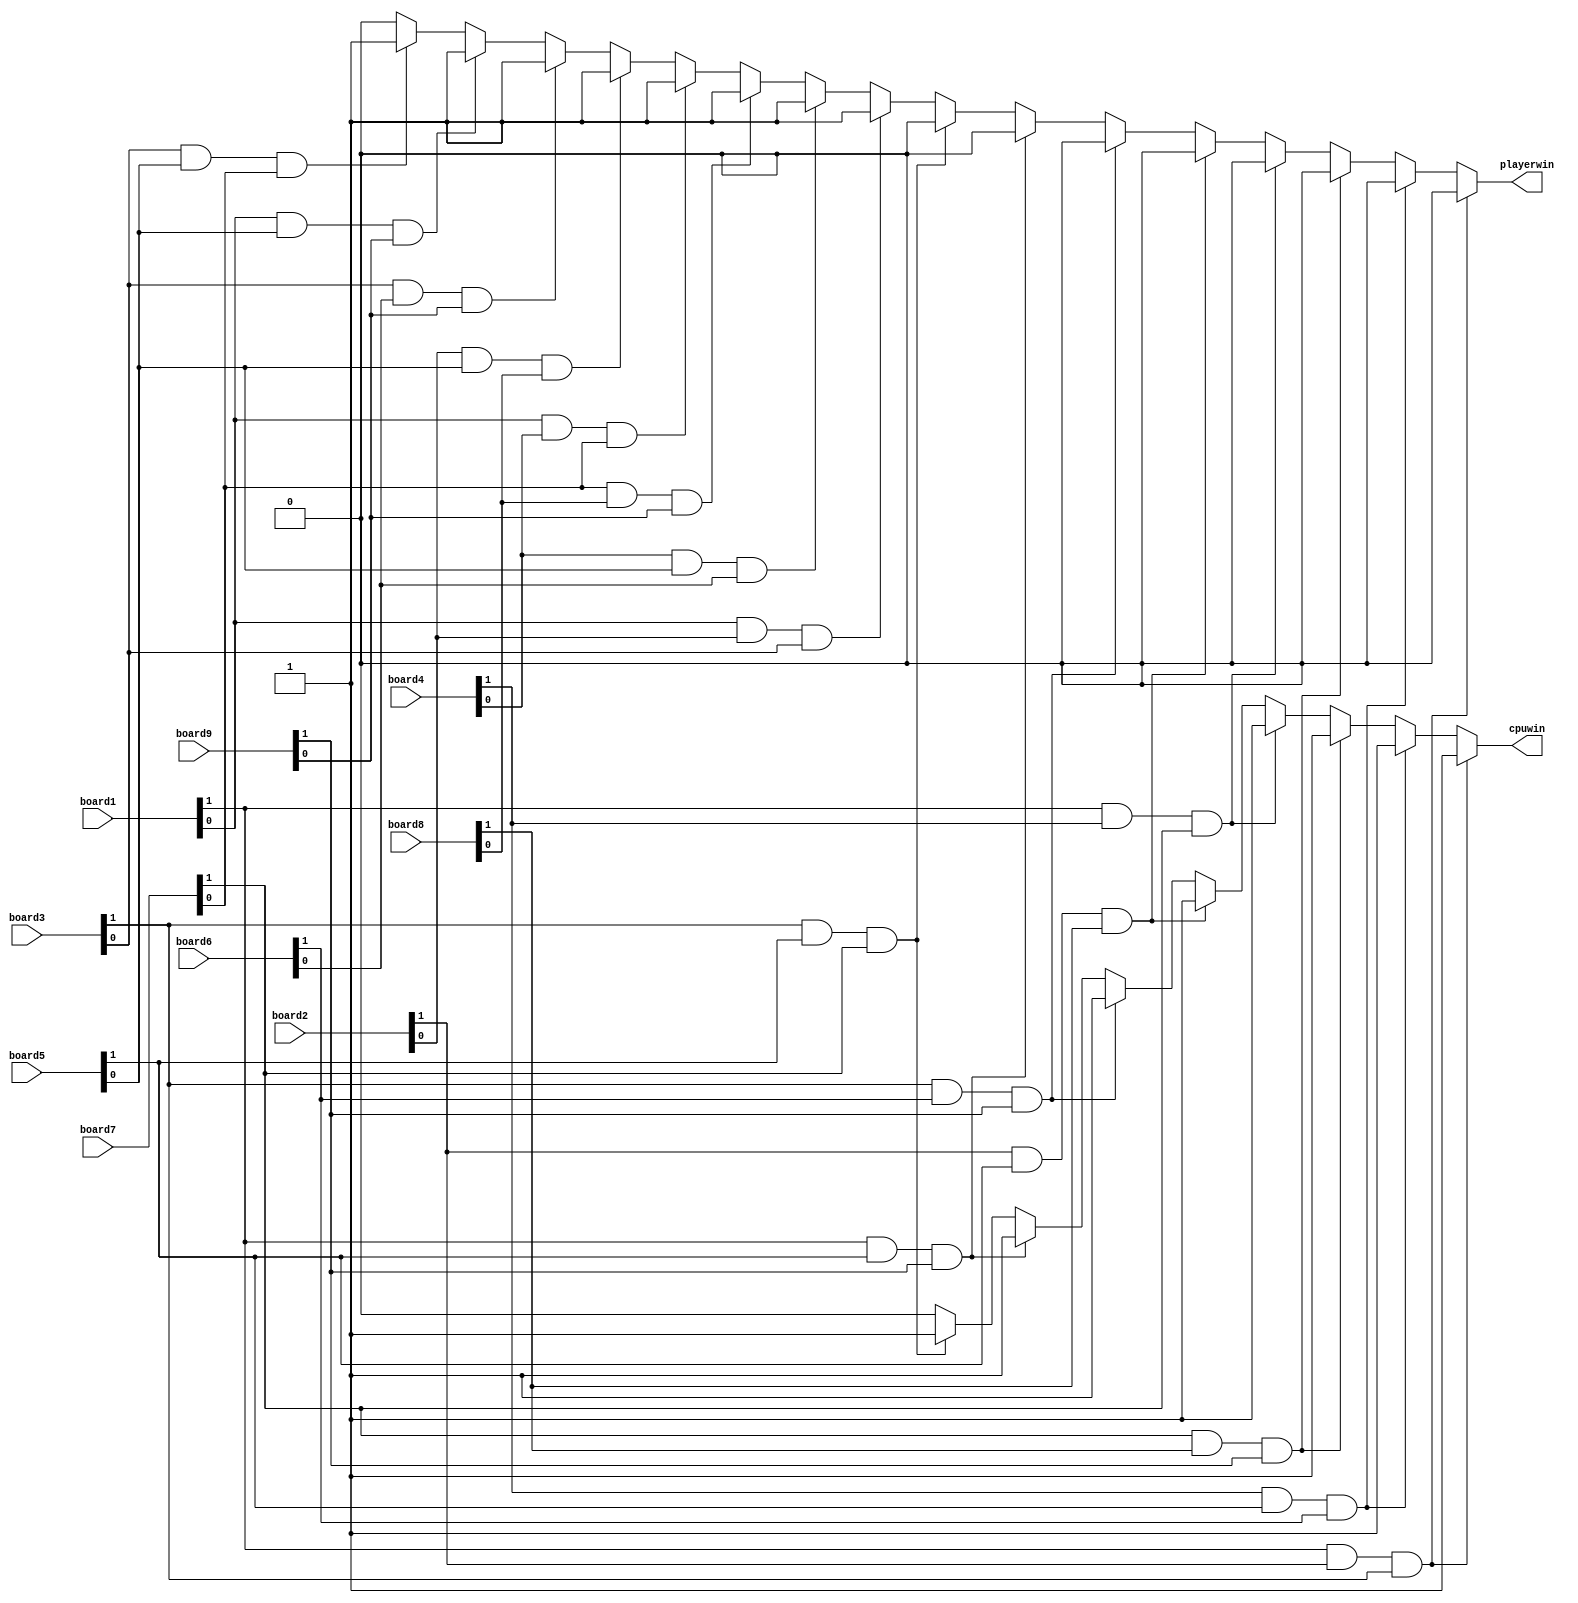
module win_declarer(board1,board2,board3,board4,board5,board6,board7,board8,board9,playerwin,cpuwin);
input [1:0]board1;
input [1:0]board2;
input [1:0]board3;
input [1:0]board4;
input [1:0]board5;
input [1:0]board6;
input [1:0]board7;
input [1:0]board8;
input [1:0]board9;
output reg playerwin;
output reg cpuwin;
always@(*)
begin
	if(board1[1]==1&&board2[1]==1&&board3[1]==1) 
	begin
		playerwin=0;
		cpuwin=1;
	end
	else if(board4[1]==1&&board5[1]==1&&board6[1]==1)
	begin
		playerwin=0;
		cpuwin=1;
	end
	else if(board7[1]==1&&board8[1]==1&&board9[1]==1) 
	begin
		playerwin=0;
		cpuwin=1;
	end
	else if(board1[1]==1&&board4[1]==1&&board7[1]==1)
	begin
		playerwin=0;
		cpuwin=1;
	end
	else if(board2[1]==1&&board5[1]==1&&board8[1]==1) 
	begin
		playerwin=0;
		cpuwin=1;
	end
	else if(board3[1]==1&&board6[1]==1&&board9[1]==1)
	begin
		playerwin=0;
		cpuwin=1;
	end
	else if(board1[1]==1&&board5[1]==1&&board9[1]==1)
	begin
		playerwin=0;
		cpuwin=1;
	end
	else if(board3[1]==1&&board5[1]==1&&board7[1]==1)
	begin
		playerwin=0;
		cpuwin=1;
	end
	else if(board1[0]==1&&board2[0]==1&&board3[0]==1) 
	begin
		playerwin=1;
		cpuwin=0;
	end
	else if(board4[0]==1&&board5[0]==1&&board6[0]==1)
	begin
		playerwin=1;
		cpuwin=0;
	end
	else if(board7[0]==1&&board8[0]==1&&board9[0]==1) 
	begin
		playerwin=1;
		cpuwin=0;
	end
	else if(board1[0]==1&&board4[0]==1&&board7[0]==1)
	begin
		playerwin=1;
		cpuwin=0;
	end
	else if(board2[0]==1&&board5[0]==1&&board8[0]==1) 
	begin
		playerwin=1;
		cpuwin=0;
	end
	else if(board3[0]==1&&board6[0]==1&&board9[0]==1)
	begin
		playerwin=1;
		cpuwin=0;
	end
	else if(board1[0]==1&&board5[0]==1&&board9[0]==1)
	begin
		playerwin=1;
		cpuwin=0;
	end
	else if(board3[0]==1&&board5[0]==1&&board7[0]==1)
	begin
		playerwin=1;
		cpuwin=0;
	end
	else
	begin
		playerwin=0;
		cpuwin=0;
	end
end
endmodule